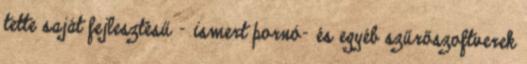
tette saját fejlesztésű - ismert pornó- és egyéb szűrőszoftverek